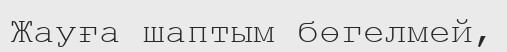
Жауға шаптым бөгелмей,